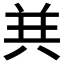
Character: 𱏴